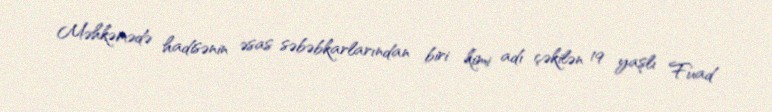
Məhkəmədə hadisənin əsas səbəbkarlarından biri kimi adı çəkilən 19 yaşlı Fuad